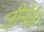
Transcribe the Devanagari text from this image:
जीनेकी